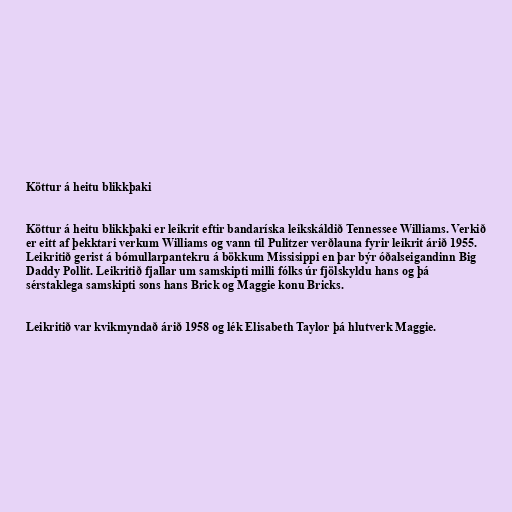
Köttur á heitu blikkþaki

Köttur á heitu blikkþaki er leikrit eftir bandaríska leikskáldið Tennessee Williams. Verkið
er eitt af þekktari verkum Williams og vann til Pulitzer verðlauna fyrir leikrit árið 1955.
Leikritið gerist á bómullarpantekru á bökkum Missisippi en þar býr óðalseigandinn Big
Daddy Pollit. Leikritið fjallar um samskipti milli fólks úr fjölskyldu hans og þá
sérstaklega samskipti sons hans Brick og Maggie konu Bricks.

Leikritið var kvikmyndað árið 1958 og lék Elisabeth Taylor þá hlutverk Maggie.